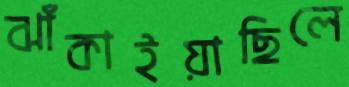
ঝাঁকাইয়াছিলে